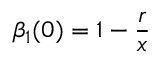
\beta _ { 1 } ( 0 ) = 1 - \frac { r } { x }